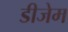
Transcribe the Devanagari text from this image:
डीजेम